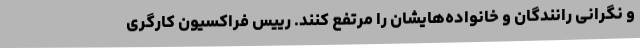
و نگرانی رانندگان و خانواده‌هایشان را مرتفع کنند. رییس فراکسیون کارگری